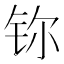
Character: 鿭